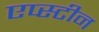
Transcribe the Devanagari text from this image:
एप्स्टीन